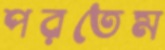
পরতেম